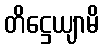
တိဋ္ဌေယျာမိ